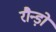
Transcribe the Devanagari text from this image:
रौन्ड़ो